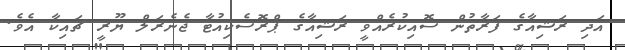
އަދި ރަޝިއާގެ ފަރާތުން ސޮއިކުރެއްވީ ރަޝިއާގެ ޕްރޮސެކިއުޓާ ޖެނެރަލް ޔޫރީ ޗައިކާ އެވެ.